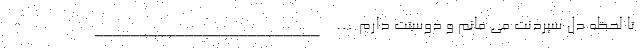
تا لحظه دل سپردنت می مانم و دوستت دارم… _________________________